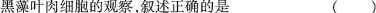
黑藻叶肉细胞的观察，叙述正确的是 ( )